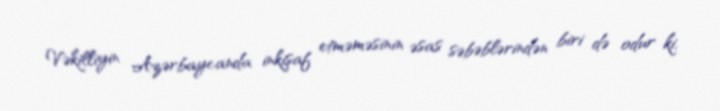
Vəkilliyin Azərbaycanda inkişaf etməməsinin əsas səbəblərindən biri də odur ki,